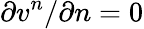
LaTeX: \partial v^{n}/\partial n=0